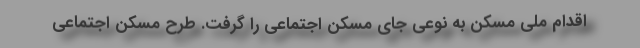
اقدام ملی مسکن به نوعی جای مسکن اجتماعی را گرفت. طرح مسکن اجتماعی